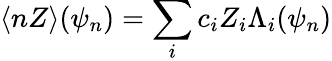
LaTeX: \langle nZ\rangle(\psi_{n})=\sum_{i}c_{i}Z_{i}\Lambda_{i}(\psi_{n})